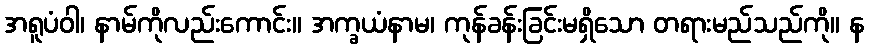
အရူပံဝါ၊ နာမ်ကိုလည်းကောင်း။ အက္ခယံနာမ၊ ကုန်ခန်းခြင်းမရှိသော တရားမည်သည်ကို။ န